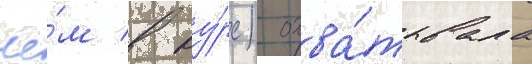
че́м в ву́рс) охва́тывала